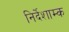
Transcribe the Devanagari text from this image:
निर्देशाम्क